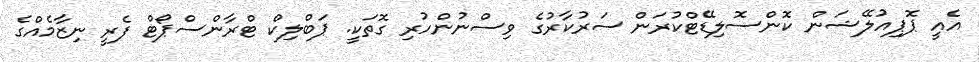
އެއީ ޕޮޕިއުލޭޝަން ކޮންސޮލިޑޭޓްކުރަން ސަރުކާރުގެ ވިސްނުންހުރި ގޮތަކީ. ޕަބްލިކް ޓްރާންސްޕޯޓް ފެރީ ނިޒާމެއްގެ